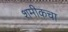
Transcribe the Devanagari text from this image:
शमीकचा